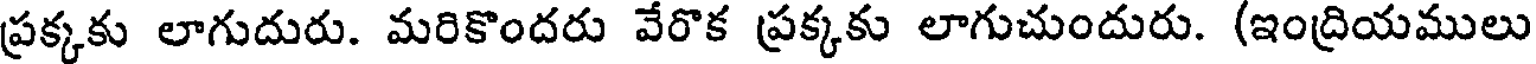
ప్రక్కకు లాగుదురు. మరికొందరు వేరొక ప్రక్కకు లాగుచుందురు. (ఇంద్రియములు